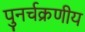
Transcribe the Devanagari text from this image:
पुनर्चक्रणीय